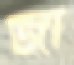
জা